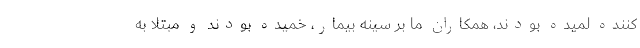
کننده لمیده بودند، همکاران ما بر سینه بیمار، خمیده بودند و مبتلا به